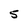
Character: 5